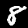
Label: 8